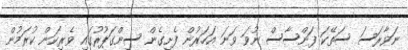
ނަވާރަސަ ސަތޭކަ ފަންސާސް ނުވަ ވަނަ އަހަރުން ފެށިގެން ސިންގަޕޫރުގައި ވެރިކަން ކުރަމުން